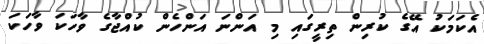
އެކަމަކު އޭގެ ކުރިން ތިރީގައި މި އަންނަ އަންހެން ކުއްޖާގެ ވާހަކަ ވާހަކަ